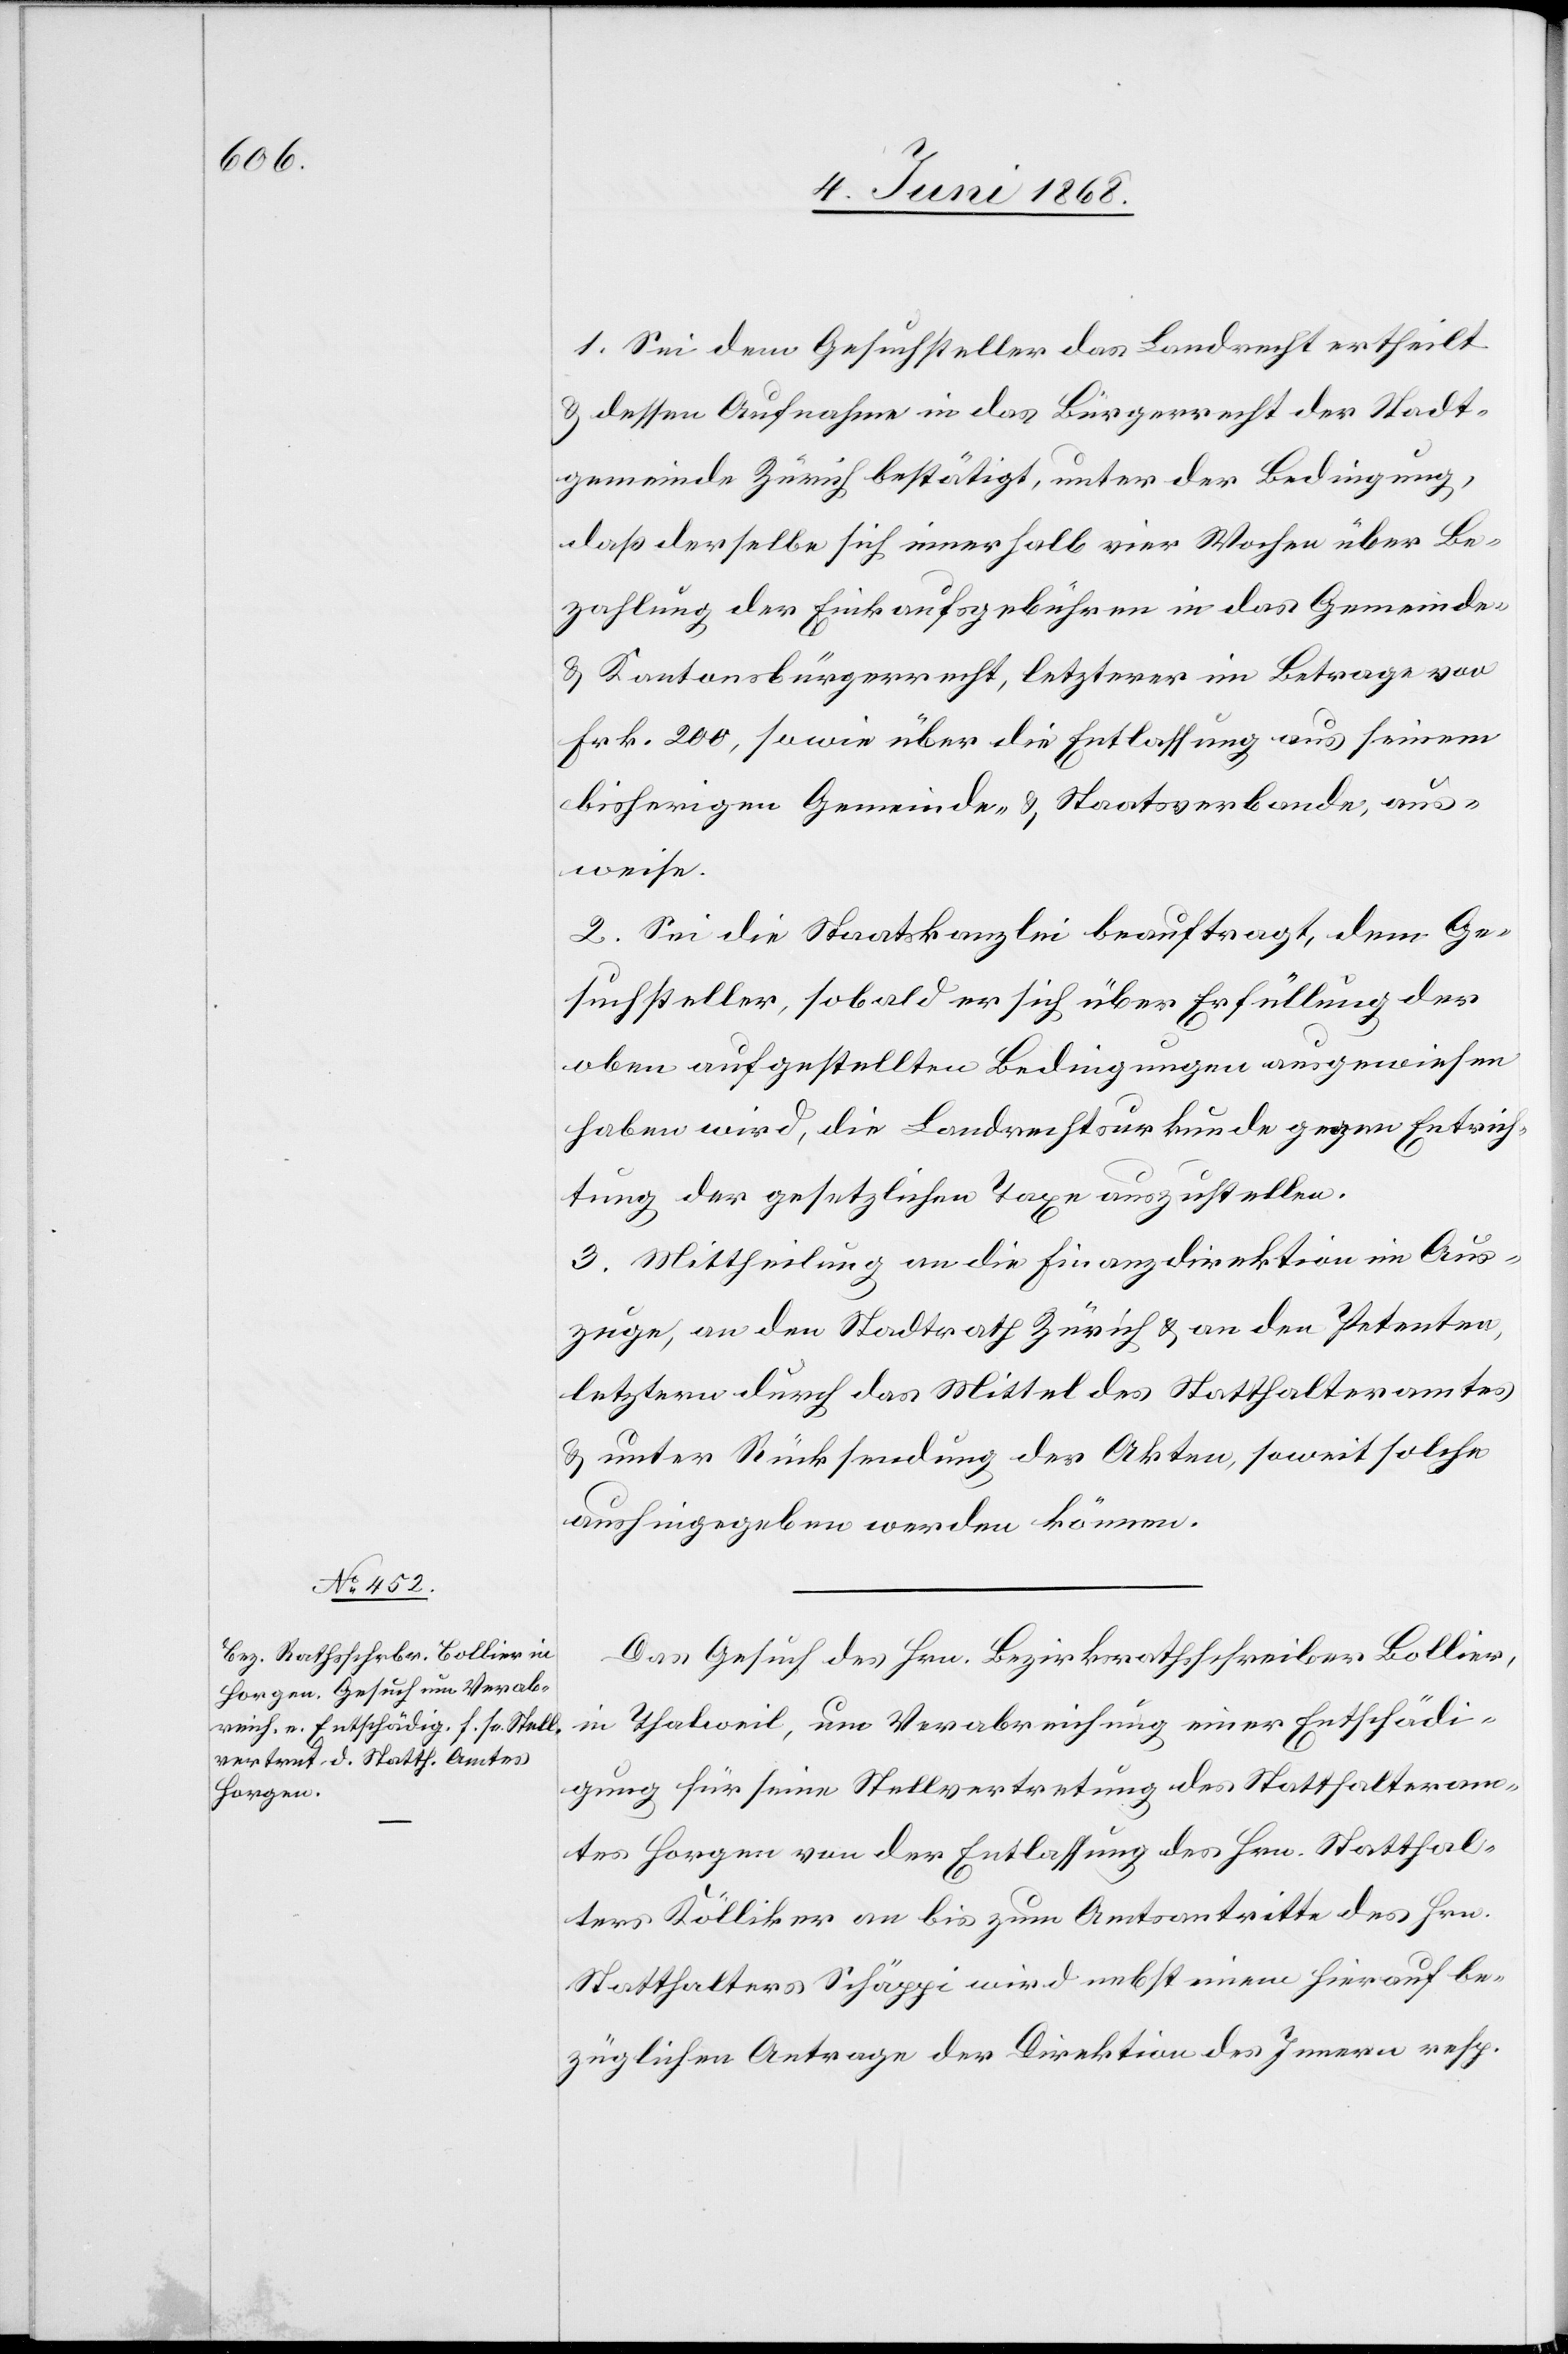
1. Sei dem Gesuchsteller das Landrecht ertheilt
& dessen Aufnahme in das Bürgerrecht der Stadt¬
gemeinde Zürich bestätigt, unter der Bedingung,
daß derselbe sich innerhalb vier Wochen über Be¬
zahlung der Einkaufsgebühren in das Gemeinde-
& Kantonsbürgerrecht, letzterer im Betrage von
Frk. 200, sowie über die Entlassung aus seinem
bisherigen Gemeinde- & Staatsverbande, aus¬
weise.
2. Sei die Staatskanzlei beauftragt, dem Ge¬
suchsteller, sobald er sich über Erfüllung der
oben aufgestellten Bedingungen ausgewiesen
haben wird, die Landrechtsurkunde gegen Entrich¬
tung der gesetzlichen Taxe auszustellen.
3. Mittheilung an die Finanzdirektion im Aus¬
zuge, an den Stadtrath Zürich & an den Petenten,
letztern durch das Mittel des Statthalteramtes
& unter Rücksendung der Akten, soweit solche
aushingegeben werden können.
Das Gesuch des Hrn. Bezirksrathsschreiber Bollier,
in Thalweil, um Verabreichung einer Entschädi¬
gung für seine Stellvertretung des Statthalteram¬
tes Horgen von der Entlassung des Hrn. Statthal¬
ters Kölliker an bis zum Amtsantritte des Hrn.
Statthalters Schäppi wird nebst einem hierauf be¬
züglichen Antrage der Direktion des Innern resp.